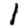
Digit: 1